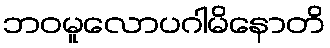
ဘဝမူလောပဂါမိနောတိ